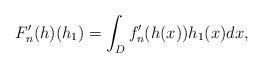
LaTeX: \begin{align*}F_n^{\prime}(h)(h_1)=\int_Df_n^{\prime}(h(x))h_1(x)dx,\end{align*}